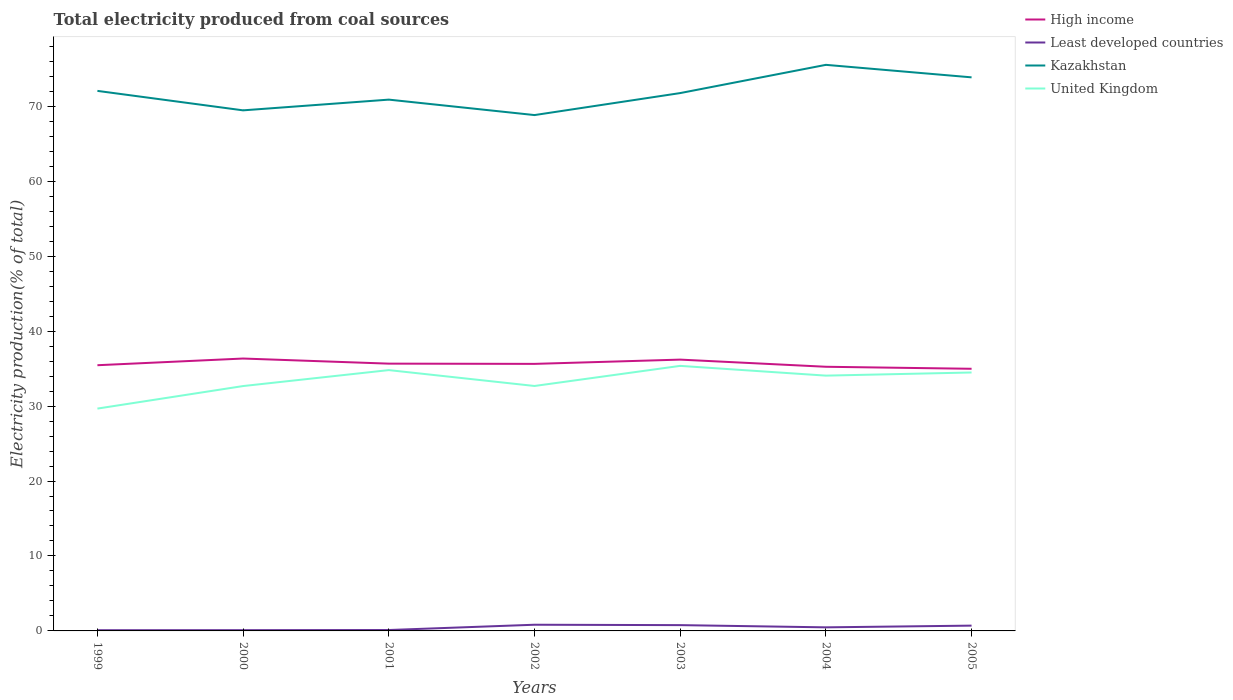
| Years | High income | Least developed countries | Kazakhstan | United Kingdom |
 | --- | --- | --- | --- | --- |
 | 1999 | 35.4 | 0.0965 | 72 | 29.7 |
 | 2000 | 36.3 | 0.102 | 69.5 | 32.7 |
 | 2001 | 35.7 | 0.121 | 70.9 | 34.8 |
 | 2002 | 35.6 | 0.826 | 68.8 | 32.7 |
 | 2003 | 36.2 | 0.773 | 71.8 | 35.4 |
 | 2004 | 35.2 | 0.478 | 75.5 | 34.1 |
 | 2005 | 35 | 0.708 | 73.9 | 34.5 |